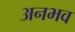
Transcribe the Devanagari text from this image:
अनभव